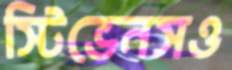
স্টিভেনসও